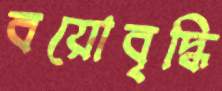
বয়োবৃদ্ধি